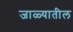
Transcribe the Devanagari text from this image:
जाळ्यातील